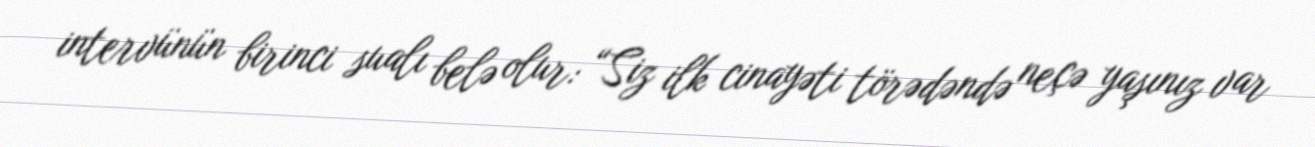
intervünün birinci sualı belə olur: “Siz ilk cinayəti törədəndə neçə yaşınız var